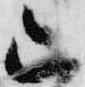
山